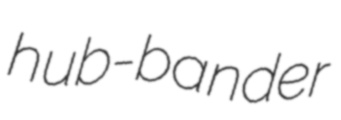
hub-bander